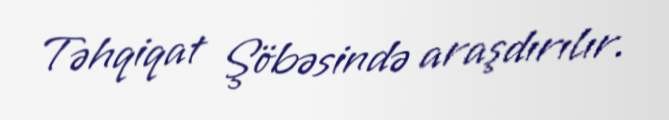
Təhqiqat Şöbəsində araşdırılır.